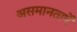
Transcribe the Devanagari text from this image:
असमानताऐं